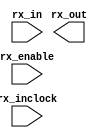
// megafunction wizard: %ALTLVDS_RX%VBB%
// GENERATION: STANDARD
// VERSION: WM1.0
// MODULE: ALTLVDS_RX 

// ============================================================
// Megafunction Name(s):
// 			ALTLVDS_RX
//
// Simulation Library Files(s):
// 			altera_mf
// ============================================================
// ************************************************************
// THIS IS A WIZARD-GENERATED FILE. DO NOT EDIT THIS FILE!
//
// 18.1.1 Build 646 04/11/2019 SJ Lite Edition
// ************************************************************

//Copyright (C) 2019  Intel Corporation. All rights reserved.
//Your use of Intel Corporation's design tools, logic functions 
//and other software and tools, and any partner logic 
//functions, and any output files from any of the foregoing 
//(including device programming or simulation files), and any 
//associated documentation or information are expressly subject 
//to the terms and conditions of the Intel Program License 
//Subscription Agreement, the Intel Quartus Prime License Agreement,
//the Intel FPGA IP License Agreement, or other applicable license
//agreement, including, without limitation, that your use is for
//the sole purpose of programming logic devices manufactured by
//Intel and sold by Intel or its authorized distributors.  Please
//refer to the applicable agreement for further details, at
//https://fpgasoftware.intel.com/eula.

module LVDS0_RX (
	rx_enable,
	rx_in,
	rx_inclock,
	rx_out);

	input	  rx_enable;
	input	[0:0]  rx_in;
	input	  rx_inclock;
	output	[3:0]  rx_out;

endmodule

// ============================================================
// CNX file retrieval info
// ============================================================
// Retrieval info: LIBRARY: altera_mf altera_mf.altera_mf_components.all
// Retrieval info: PRIVATE: Bitslip NUMERIC "4"
// Retrieval info: PRIVATE: Clock_Choices STRING "tx_coreclock"
// Retrieval info: PRIVATE: Clock_Mode NUMERIC "0"
// Retrieval info: PRIVATE: Data_rate STRING "8.0"
// Retrieval info: PRIVATE: Deser_Factor NUMERIC "4"
// Retrieval info: PRIVATE: Dpll_Lock_Count NUMERIC "0"
// Retrieval info: PRIVATE: Dpll_Lock_Window NUMERIC "0"
// Retrieval info: PRIVATE: Enable_DPA_Mode STRING "OFF"
// Retrieval info: PRIVATE: Enable_FIFO_DPA_Channels NUMERIC "0"
// Retrieval info: PRIVATE: Ext_PLL STRING "ON"
// Retrieval info: PRIVATE: INTENDED_DEVICE_FAMILY STRING "Cyclone V"
// Retrieval info: PRIVATE: Le_Serdes STRING "OFF"
// Retrieval info: PRIVATE: Num_Channel NUMERIC "1"
// Retrieval info: PRIVATE: Outclock_Divide_By NUMERIC "0"
// Retrieval info: PRIVATE: pCNX_OUTCLK_ALIGN NUMERIC "0"
// Retrieval info: PRIVATE: pINCLOCK_PHASE_SHIFT STRING "0.00"
// Retrieval info: PRIVATE: PLL_Enable NUMERIC "0"
// Retrieval info: PRIVATE: PLL_Freq STRING "8.000000"
// Retrieval info: PRIVATE: PLL_Period NUMERIC "5"
// Retrieval info: PRIVATE: pOUTCLOCK_PHASE_SHIFT NUMERIC "0"
// Retrieval info: PRIVATE: Reg_InOut NUMERIC "0"
// Retrieval info: PRIVATE: Use_Cda_Reset NUMERIC "0"
// Retrieval info: PRIVATE: Use_Clock_Resc STRING "AUTO"
// Retrieval info: PRIVATE: Use_Common_Rx_Tx_Plls NUMERIC "1"
// Retrieval info: PRIVATE: Use_Data_Align NUMERIC "0"
// Retrieval info: PRIVATE: Use_Lock NUMERIC "0"
// Retrieval info: PRIVATE: Use_Pll_Areset NUMERIC "0"
// Retrieval info: PRIVATE: Use_Rawperror NUMERIC "0"
// Retrieval info: PRIVATE: Use_Tx_Out_Phase NUMERIC "0"
// Retrieval info: CONSTANT: BUFFER_IMPLEMENTATION STRING "RAM"
// Retrieval info: CONSTANT: CDS_MODE STRING "UNUSED"
// Retrieval info: CONSTANT: COMMON_RX_TX_PLL STRING "ON"
// Retrieval info: CONSTANT: clk_src_is_pll STRING "off"
// Retrieval info: CONSTANT: DATA_ALIGN_ROLLOVER NUMERIC "4"
// Retrieval info: CONSTANT: DATA_RATE STRING "8.0 Mbps"
// Retrieval info: CONSTANT: DESERIALIZATION_FACTOR NUMERIC "4"
// Retrieval info: CONSTANT: DPA_INITIAL_PHASE_VALUE NUMERIC "0"
// Retrieval info: CONSTANT: DPLL_LOCK_COUNT NUMERIC "0"
// Retrieval info: CONSTANT: DPLL_LOCK_WINDOW NUMERIC "0"
// Retrieval info: CONSTANT: ENABLE_CLOCK_PIN_MODE STRING "UNUSED"
// Retrieval info: CONSTANT: ENABLE_DPA_ALIGN_TO_RISING_EDGE_ONLY STRING "OFF"
// Retrieval info: CONSTANT: ENABLE_DPA_CALIBRATION STRING "ON"
// Retrieval info: CONSTANT: ENABLE_DPA_FIFO STRING "UNUSED"
// Retrieval info: CONSTANT: ENABLE_DPA_INITIAL_PHASE_SELECTION STRING "OFF"
// Retrieval info: CONSTANT: ENABLE_DPA_MODE STRING "OFF"
// Retrieval info: CONSTANT: ENABLE_DPA_PLL_CALIBRATION STRING "OFF"
// Retrieval info: CONSTANT: ENABLE_SOFT_CDR_MODE STRING "OFF"
// Retrieval info: CONSTANT: IMPLEMENT_IN_LES STRING "OFF"
// Retrieval info: CONSTANT: INCLOCK_BOOST NUMERIC "0"
// Retrieval info: CONSTANT: INCLOCK_DATA_ALIGNMENT STRING "EDGE_ALIGNED"
// Retrieval info: CONSTANT: INCLOCK_PERIOD NUMERIC "5000"
// Retrieval info: CONSTANT: INCLOCK_PHASE_SHIFT NUMERIC "0"
// Retrieval info: CONSTANT: INPUT_DATA_RATE NUMERIC "8"
// Retrieval info: CONSTANT: INTENDED_DEVICE_FAMILY STRING "Cyclone V"
// Retrieval info: CONSTANT: LOSE_LOCK_ON_ONE_CHANGE STRING "UNUSED"
// Retrieval info: CONSTANT: LPM_HINT STRING "UNUSED"
// Retrieval info: CONSTANT: LPM_TYPE STRING "altlvds_rx"
// Retrieval info: CONSTANT: NUMBER_OF_CHANNELS NUMERIC "1"
// Retrieval info: CONSTANT: OUTCLOCK_RESOURCE STRING "AUTO"
// Retrieval info: CONSTANT: PLL_OPERATION_MODE STRING "NORMAL"
// Retrieval info: CONSTANT: PLL_SELF_RESET_ON_LOSS_LOCK STRING "UNUSED"
// Retrieval info: CONSTANT: PORT_RX_CHANNEL_DATA_ALIGN STRING "PORT_UNUSED"
// Retrieval info: CONSTANT: PORT_RX_DATA_ALIGN STRING "PORT_UNUSED"
// Retrieval info: CONSTANT: REFCLK_FREQUENCY STRING "8.000000 MHz"
// Retrieval info: CONSTANT: REGISTERED_DATA_ALIGN_INPUT STRING "UNUSED"
// Retrieval info: CONSTANT: REGISTERED_OUTPUT STRING "OFF"
// Retrieval info: CONSTANT: RESET_FIFO_AT_FIRST_LOCK STRING "UNUSED"
// Retrieval info: CONSTANT: RX_ALIGN_DATA_REG STRING "RISING_EDGE"
// Retrieval info: CONSTANT: SIM_DPA_IS_NEGATIVE_PPM_DRIFT STRING "OFF"
// Retrieval info: CONSTANT: SIM_DPA_NET_PPM_VARIATION NUMERIC "0"
// Retrieval info: CONSTANT: SIM_DPA_OUTPUT_CLOCK_PHASE_SHIFT NUMERIC "0"
// Retrieval info: CONSTANT: USE_CORECLOCK_INPUT STRING "OFF"
// Retrieval info: CONSTANT: USE_DPLL_RAWPERROR STRING "OFF"
// Retrieval info: CONSTANT: USE_EXTERNAL_PLL STRING "ON"
// Retrieval info: CONSTANT: USE_NO_PHASE_SHIFT STRING "ON"
// Retrieval info: CONSTANT: X_ON_BITSLIP STRING "ON"
// Retrieval info: USED_PORT: rx_enable 0 0 0 0 INPUT NODEFVAL "rx_enable"
// Retrieval info: CONNECT: @rx_enable 0 0 0 0 rx_enable 0 0 0 0
// Retrieval info: USED_PORT: rx_in 0 0 1 0 INPUT NODEFVAL "rx_in[0..0]"
// Retrieval info: CONNECT: @rx_in 0 0 1 0 rx_in 0 0 1 0
// Retrieval info: USED_PORT: rx_inclock 0 0 0 0 INPUT NODEFVAL "rx_inclock"
// Retrieval info: CONNECT: @rx_inclock 0 0 0 0 rx_inclock 0 0 0 0
// Retrieval info: USED_PORT: rx_out 0 0 4 0 OUTPUT NODEFVAL "rx_out[3..0]"
// Retrieval info: CONNECT: rx_out 0 0 4 0 @rx_out 0 0 4 0
// Retrieval info: GEN_FILE: TYPE_NORMAL LVDS0_RX.v TRUE FALSE
// Retrieval info: GEN_FILE: TYPE_NORMAL LVDS0_RX.qip TRUE FALSE
// Retrieval info: GEN_FILE: TYPE_NORMAL LVDS0_RX.bsf TRUE TRUE
// Retrieval info: GEN_FILE: TYPE_NORMAL LVDS0_RX_inst.v TRUE TRUE
// Retrieval info: GEN_FILE: TYPE_NORMAL LVDS0_RX_bb.v TRUE TRUE
// Retrieval info: GEN_FILE: TYPE_NORMAL LVDS0_RX.inc TRUE TRUE
// Retrieval info: GEN_FILE: TYPE_NORMAL LVDS0_RX.cmp TRUE TRUE
// Retrieval info: GEN_FILE: TYPE_NORMAL LVDS0_RX.ppf TRUE FALSE
// Retrieval info: LIB_FILE: altera_mf
// Retrieval info: CBX_MODULE_PREFIX: ON